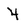
Character: 4